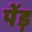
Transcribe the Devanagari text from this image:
पेंड़